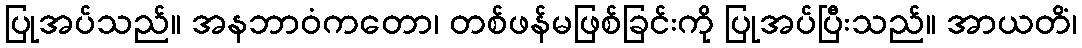
ပြုအပ်သည်။ အနဘာဝံကတော၊ တစ်ဖန်မဖြစ်ခြင်းကို ပြုအပ်ပြီးသည်။ အာယတိံ၊